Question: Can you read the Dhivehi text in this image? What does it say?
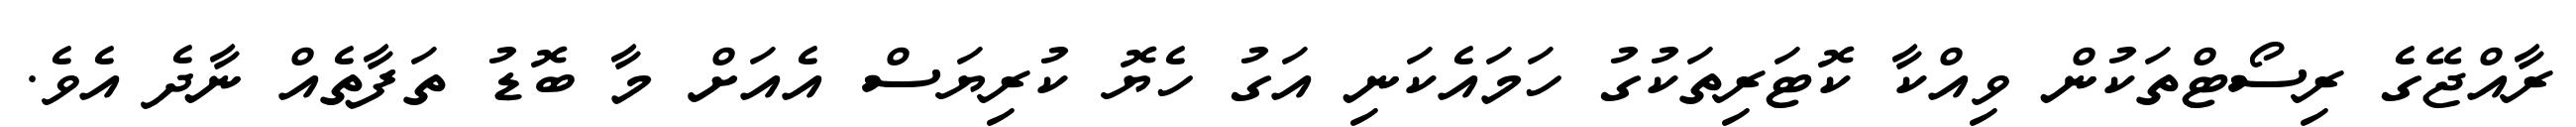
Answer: ރާއްޖޭގެ ރިސޯޓްތަކުން ވިއްކާ ކޮޓަރިތަކުގު ހަމައެކަނި އަގު ހެޔޮ ކުރިޔަސް އެއަށް މާ ބޮޑު ތަފާތެއް ނާދެ އެވެ.